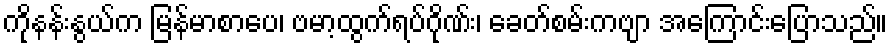
ကိုနန်းနွယ်က မြန်မာစာပေ၊ ဗမာ့ထွက်ရပ်ဂိုဏ်း၊ ခေတ်စမ်းကဗျာ အကြောင်းပြောသည်။